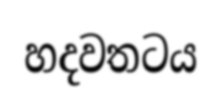
හදවතටය